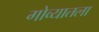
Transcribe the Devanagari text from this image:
गोव्यातला